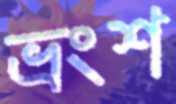
ভ্রংশ